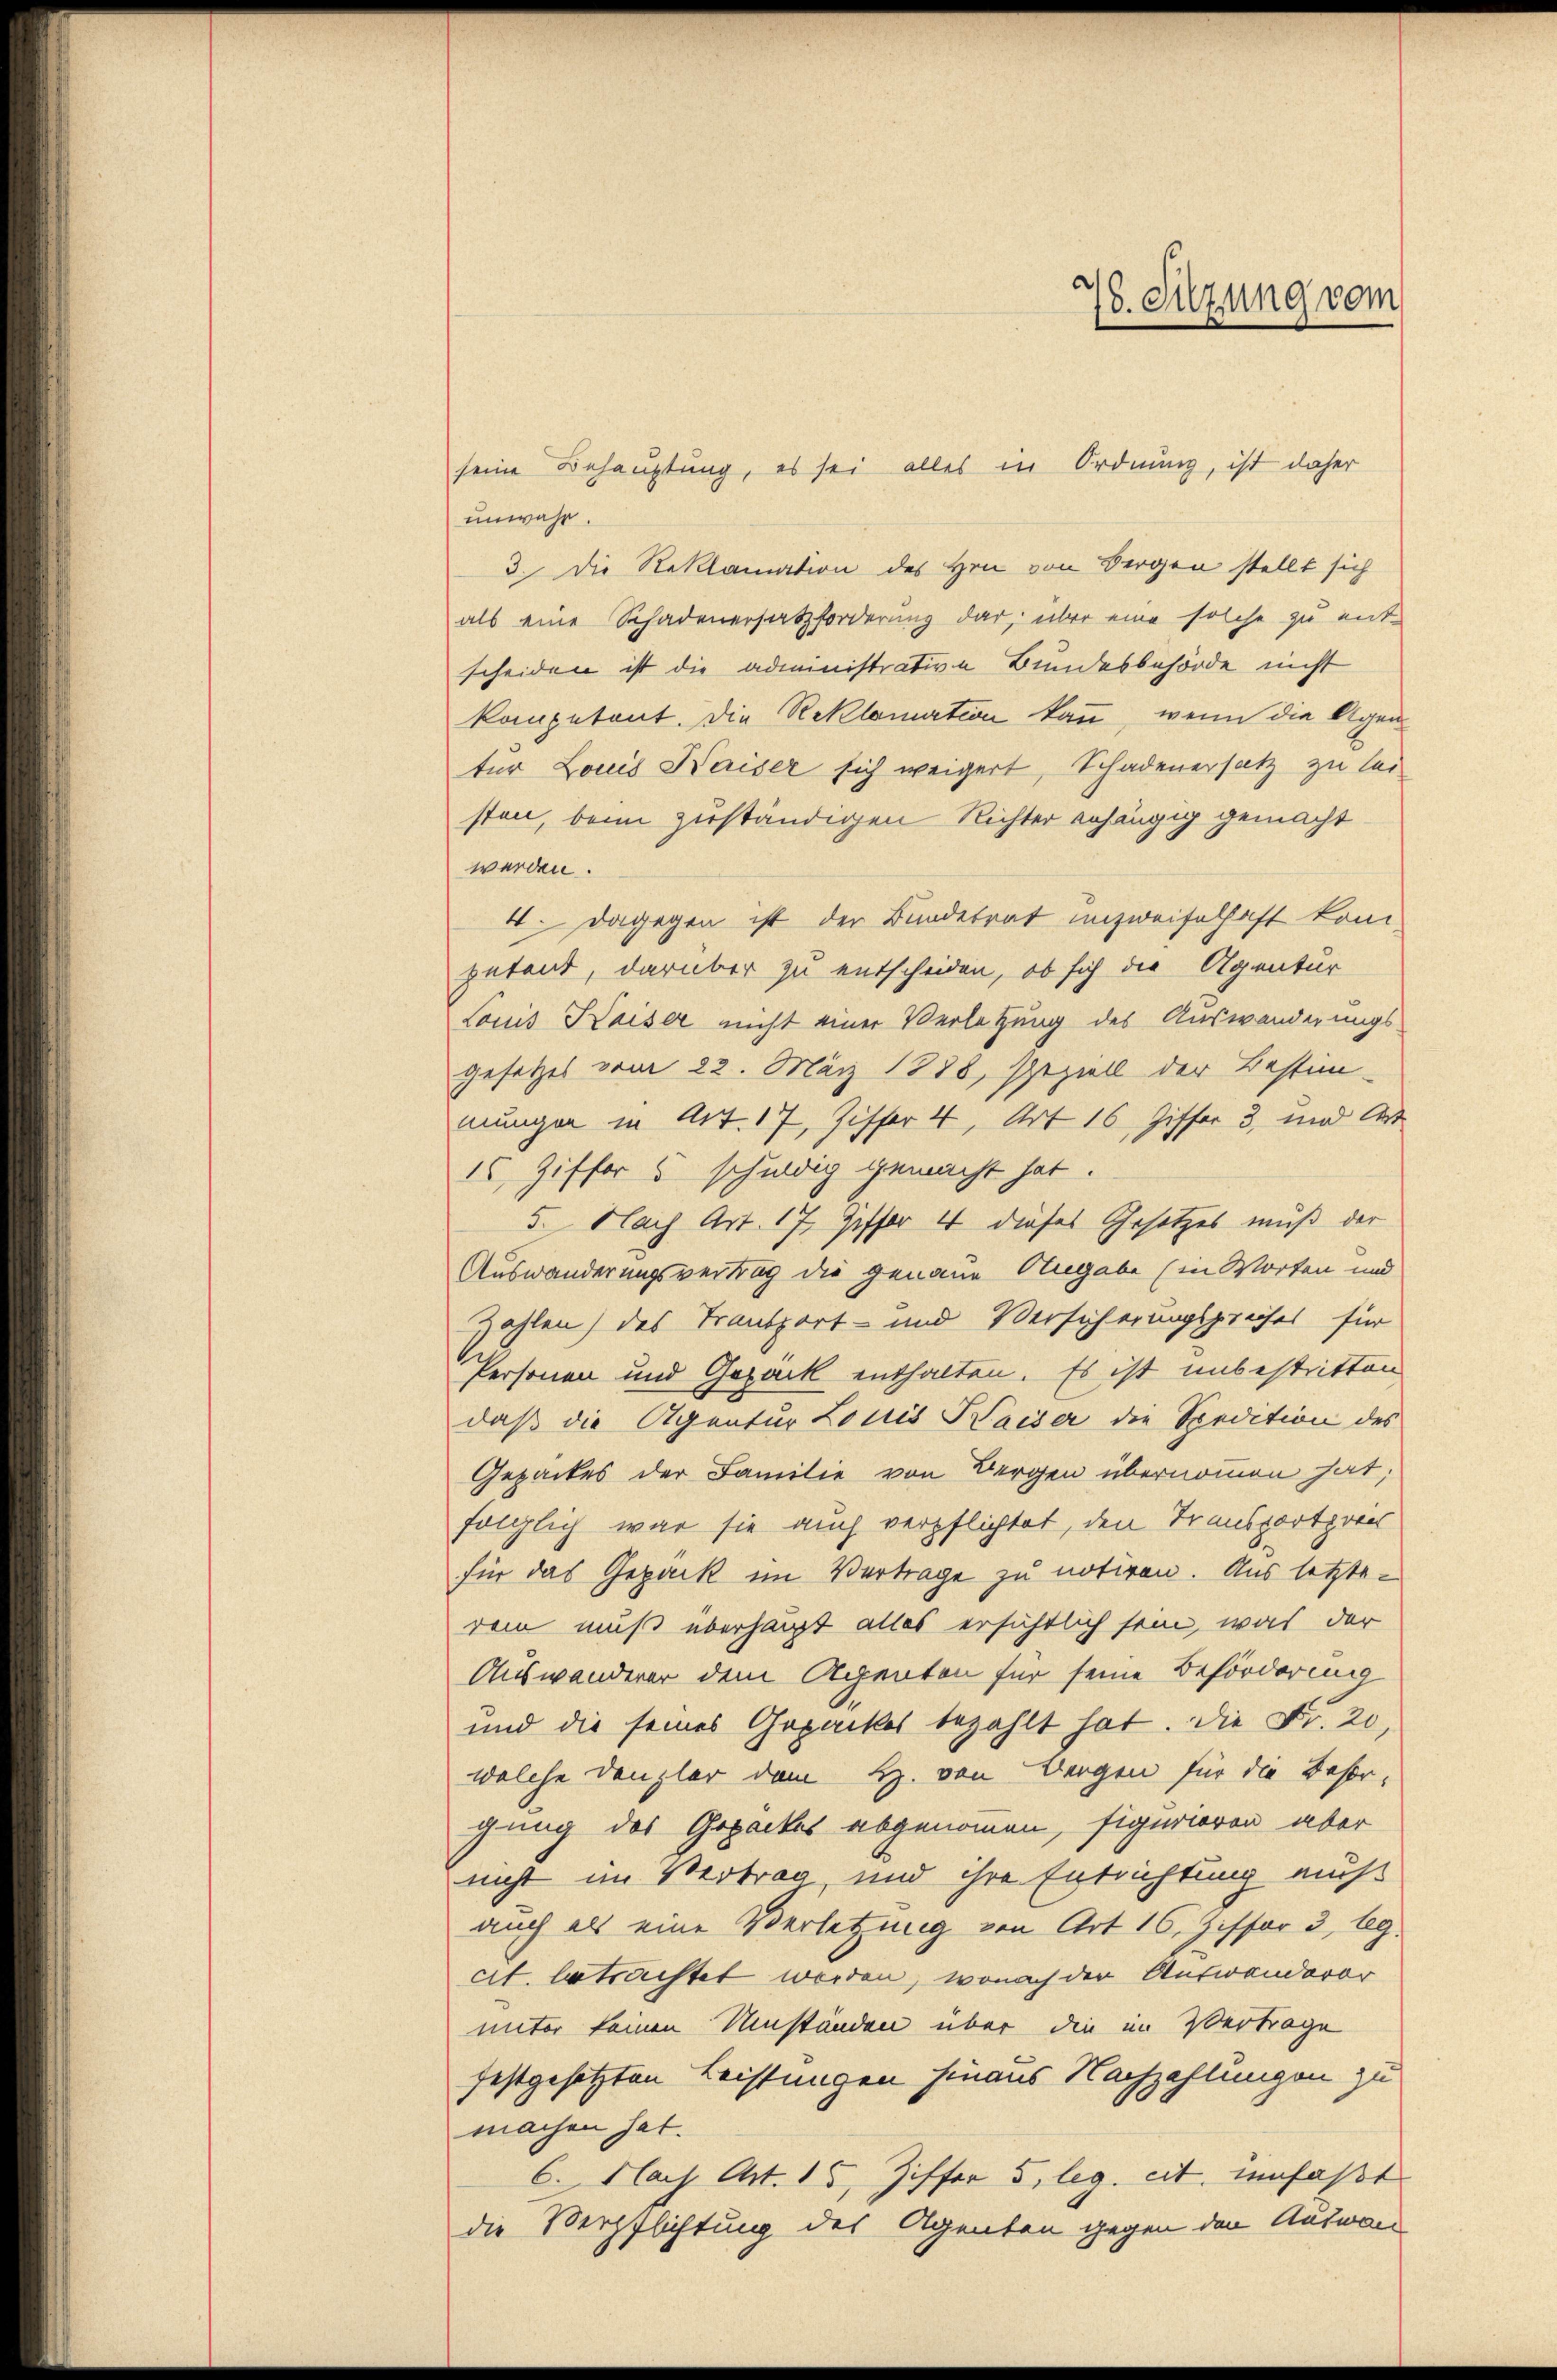
seine Behauptung, es sei alles in Ordnung, ist daher
unwahr.
3. Die Reklamation des Hrn von Bergen stellt sich
als eine Schadenersatzforderung dar, über eine solche zu ent-
scheiden ist die administrative Bundesbehörde nicht
kompetent. Die Reklamation kann, wenn die Agen
ter Louis Kaiser sich weigert, Schadenersatz zu lei-
sten, beim zuständigen Richter erhängig gemacht
werden.
4. Dagegen ist der Bundetrat unzweifelhaft kom-
petant, darüber zu entscheiden, ob sich die Agentur
Louis Kaiser nicht einer Verletzung des Auswanderungs-
Gesetzes vom 22. März 1888, speziell der Bestim-
mungen in Art. 17, Ziffer 4, Art 16 Ziffer 3, und Art
15 Ziffer 5 schudig gemacht hat.
5. Nach Art. 17, Ziffer 4 dieses Gesetzes muß der
Auswanderungsvertrag die genaue Angabe (in Worten und
Zahlen) des Transport- und Versicherungspreises für
Personen und Gepäck enthalten. Es ist unbestritten
daß die Agentur Louis Kaiser die Spedition des
Gepackes der Familie von Bergen übernommen hat,
folglich war sie auch verpflichtet, den Transporthorn
für das Gepäck im Vertrage zu notiren. Aus letzterem muß überhaupt alles ersichtlich sein, was der
Auswanderer dem Agenton für seine Beförderung
und die seines Gepackes bezahlt hat. Die Fr. 20,
welche Denzler dem H. von Bergen für die Besorgung des Gepackes abgenommen, figurieren aber
nicht im Vertrag und ihre Entrichtung mus
auch als eine Verletzung von Art 16. Ziffer 3, 69.
cit. betrachtet werden, wonach der Antwanderer
unter keinen Umständen über die im Vertrage
festgesetzten Leistungen hinaus Nachzahlungen zu
machen hat.
6. Nach Art. 15, Ziffer 5. leg. cit. umfaßt
die Verpflichtung des Agenten gegen den Auswan

78. Sitzung vom